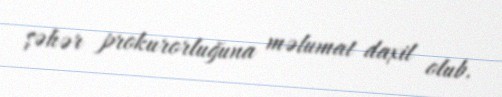
şəhər prokurorluğuna məlumat daxil olub.